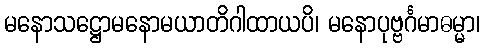
မနောသဋ္ဌောမနောမယာတိဂါထာယပိ၊ မနောပုဗ္ဗင်္ဂမာဓမ္မာ၊